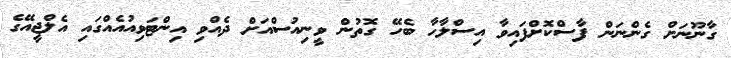
ގާނޫނަށް ގެންނަން ފާސްކޮށްފައިވާ އިސްލާހާ ބެހޭ ގޮތުން ވީނިއުސްއަށް ދެއްވި އިންޓަވިއުއެއްގައި އެލްޖީއޭގެ